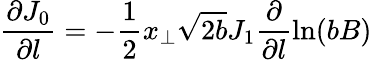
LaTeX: \frac{\partial J_{0}}{\partial l}=-\frac{1}{2}x_{\perp}\sqrt{2b}J_{1}\frac{\partial}{\partial l}\ln(bB)